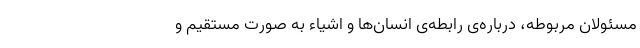
مسئولان مربوطه، درباره‌ی رابطه‌ی انسان‌ها و اشیاء به صورت مستقیم و